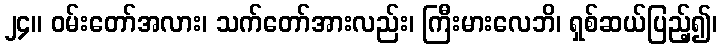
၂၄။ ဝမ်းတော်အလား၊ သက်တော်အားလည်း၊ ကြီးမားလေဘိ၊ ရှစ်ဆယ်ပြည့်၍၊